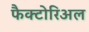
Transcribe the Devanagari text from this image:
फैक्टोरिअल